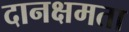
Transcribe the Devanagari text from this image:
दानक्षमता